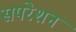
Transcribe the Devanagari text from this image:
सपरेशन